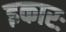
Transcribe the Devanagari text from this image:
इकारः